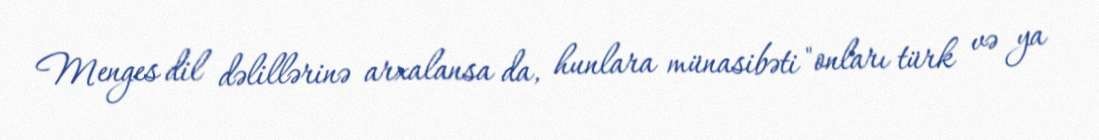
Menges dil dəlillərinə arxalansa da, hunlara münasibəti "onları türk və ya